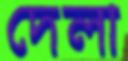
দেলা